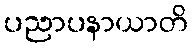
ပညာပနာယာတိ